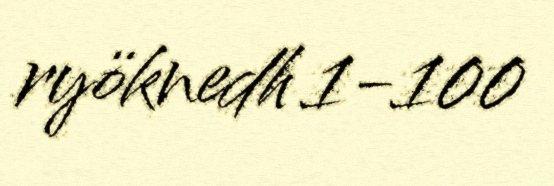
ryöknedh 1-100